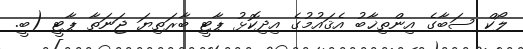
ލޯކް ސަބާގެ އިންތިޚާބު އެޤައުމުގެ އިދިކޮޅު ޕާޓީ ބާރަތިޔަ ޖަނަތާ ޕާޓީ (ބީ.